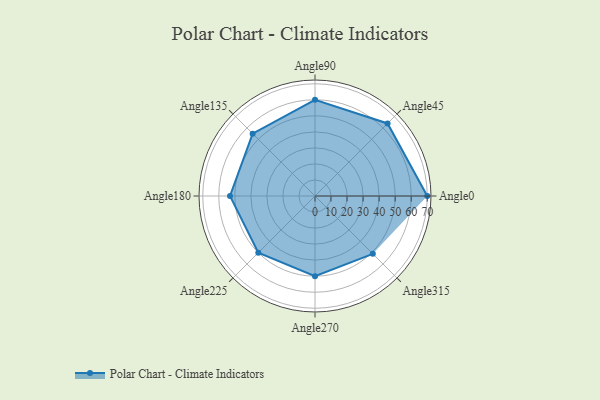
{"axis": {"x": "Angle", "y": "Radius"}, "legend": [""], "data": [{"x": "Angle0", "y": 70.0, "type": ""}, {"x": "Angle45", "y": 64.0, "type": ""}, {"x": "Angle90", "y": 60.0, "type": ""}, {"x": "Angle135", "y": 55.0, "type": ""}, {"x": "Angle180", "y": 53.0, "type": ""}, {"x": "Angle225", "y": 50, "type": ""}, {"x": "Angle270", "y": 50, "type": ""}, {"x": "Angle315", "y": 51.0, "type": ""}]}